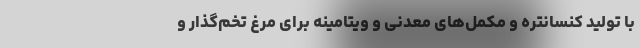
با تولید کنسانتره و مکمل‌های معدنی و ویتامینه برای مرغ تخم‌‌گذار و